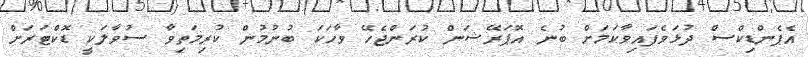
އެޕެންޑިކްސް ދުޅަވެފައިވާކަމަށް ބުނެ އޮޕަރޭޝަން ކުރަންޖެހޭ ވާހަކަ ބުނުމުން ކުރިމަތިވާ ސުވާލަކީ ޑޮކްޓަރަށް